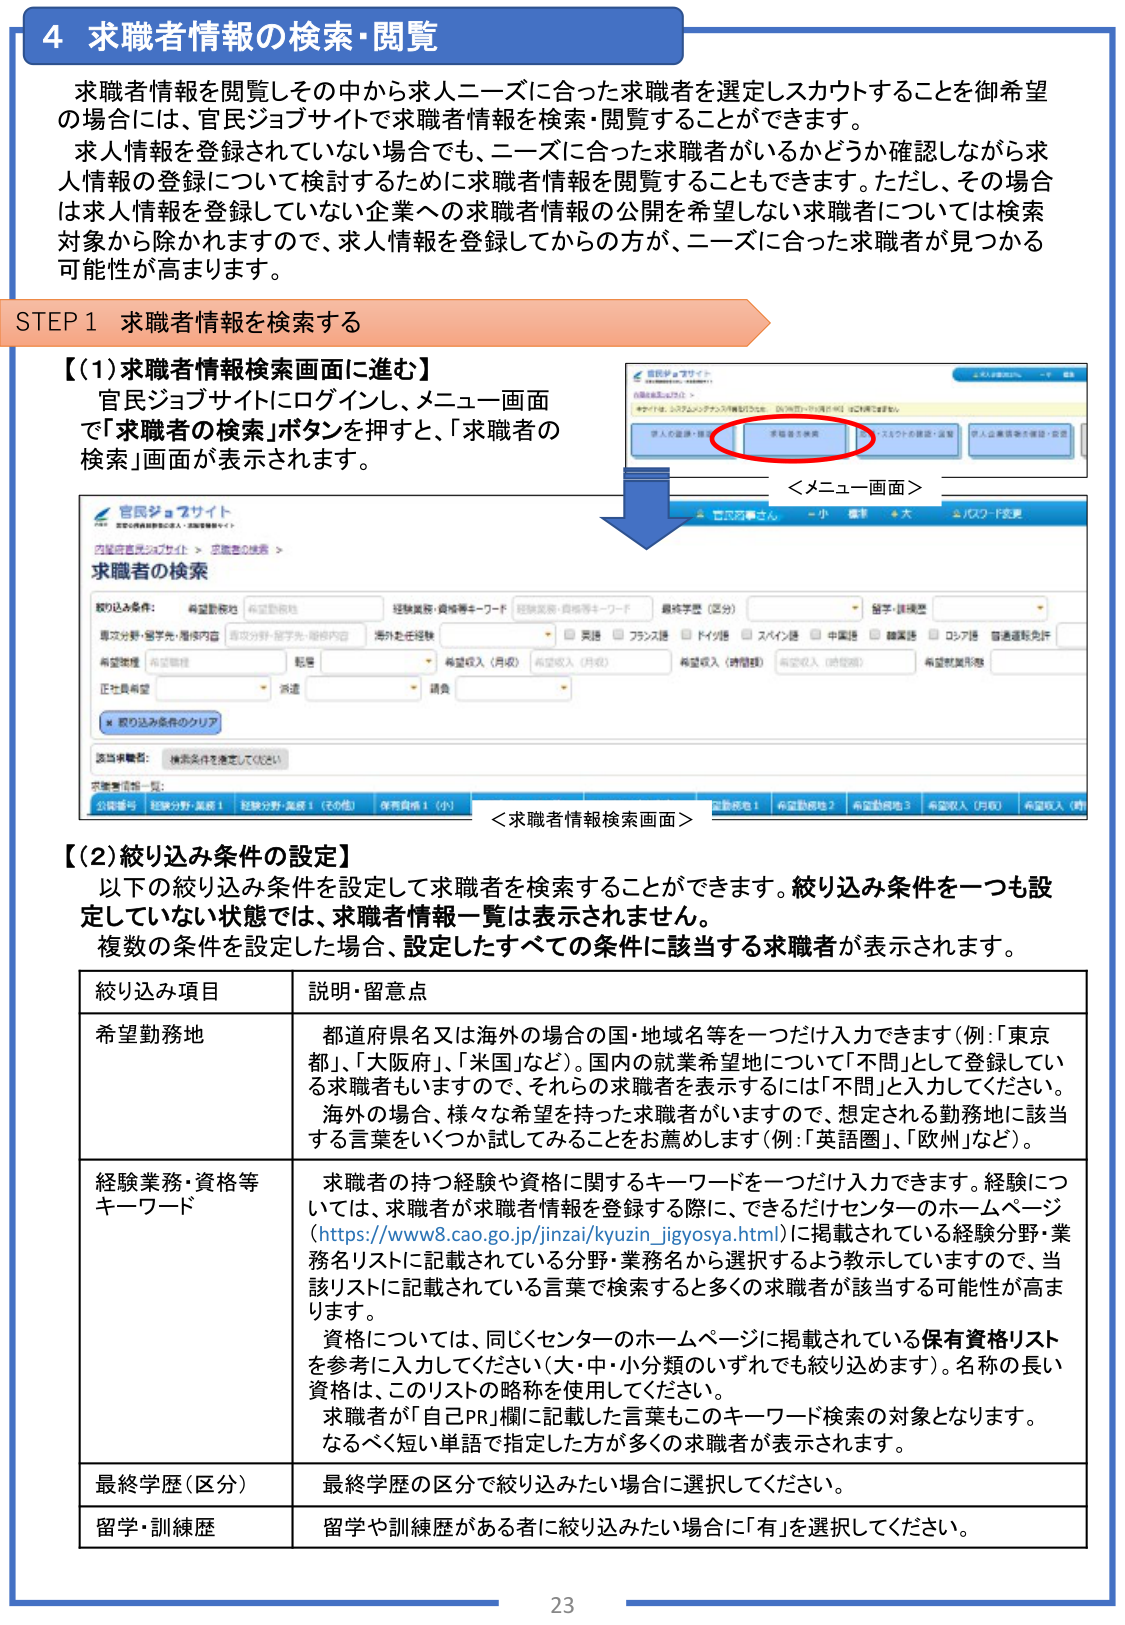
4 求職者情報の検索・閲覧

求職者情報を閲覧しその中から求人ニーズに合った求職者を選定しスカウトすることを御希望の場合には、官民ジョブサイトで求職者情報を検索・閲覧することができます。
求人情報を登録されていない場合でも、ニーズに合った求職者がいるかどうか確認しながら求人情報の登録について検討するために求職者情報を閲覧することもできます。ただし、その場合は求人情報を登録していない企業への求職者情報の公開を希望しない求職者については検索対象から除かれますので、求人情報を登録してからの方が、ニーズに合った求職者が見つかる可能性が高まります。

STEP 1 求職者情報を検索する

【(1)求職者情報検索画面に進む】
官民ジョブサイトにログインし、メニュー画面で「求職者の検索」ボタンを押すと、「求職者の検索」画面が表示されます。

＜メニュー画面＞
（画面スクリーンショット：「求職者検索」ボタンが赤丸で囲まれている）

＜求職者情報検索画面＞
（画面スクリーンショット：「求職者の検索」画面。検索条件入力欄が表示されている）

【(2)絞り込み条件の設定】
以下の絞り込み条件を設定して求職者を検索することができます。絞り込み条件を一つも設定していない状態では、求職者情報一覧は表示されません。
複数の条件を設定した場合、設定したすべての条件に該当する求職者が表示されます。

| 絞り込み項目 | 説明・留意点 |
|--------------|--------------|
| 希望勤務地 | 都道府県名又は海外の場合の国・地域名等を一つだけ入力できます（例：「東京都」、「大阪府」、「米国」など）。国内の就業希望地について「不問」として登録している求職者もいますので、それらの求職者を表示するには「不問」と入力してください。海外の場合、様々な希望を持った求職者がいるため、想定される勤務地に該当する言葉をいくつか試してみることをお薦めします（例：「英語圏」、「欧州」など）。 |
| 経験業務・資格等キーワード | 求職者の持つ経験や資格に関するキーワードを一つだけ入力できます。経験については、求職者が求職者情報を登録する際に、できるだけセンターのホームページ（https://www8.cao.go.jp/jinzai/kyuzin_jigyoysa.html）に掲載されている経験分野・業務名リストに記載されている分野・業務名から選択するよう教示していますので、当該リストに記載されている言葉で検索すると多くの求職者が該当する可能性が高まります。資格については、同じくセンターのホームページに掲載されている保有資格リストを参考に入力してください（大・中・小分類のいずれでも絞り込めます）。名称の長い資格は、このリストの略称を使用してください。求職者が「自己PR」欄に記載した言葉もこのキーワード検索の対象となります。なるべく短い単語で指定した方が多くの求職者が表示されます。 |
| 最終学歴（区分） | 最終学歴の区分で絞り込みたい場合に選択してください。 |
| 留学・訓練歴 | 留学や訓練歴がある者に絞り込みたい場合に「有」を選択してください。 |

23